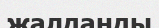
жалданды